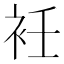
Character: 衽